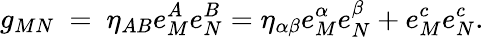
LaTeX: g_{MN}~=~\eta_{AB}e_{M}^{A}e_{N}^{B}=\eta_{\alpha\beta}e_{M}^{\alpha}e_{N}^{\beta}+e_{M}^{c}e_{N}^{c}.